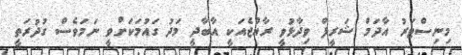
މިނިސްޓަރު އާދަމް ޝަރީފް ވިދާޅުވީ ރާއްޖެއަކީ އާބާދީ މަދު ގައުމަކަށްވީ ނަމަވެސް ގުދުރަތީ